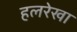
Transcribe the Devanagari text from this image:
हलरेखा